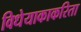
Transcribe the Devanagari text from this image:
विधेयाकाकरिता